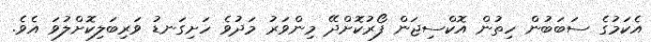
އެކަމުގެ ސަބަބުން ހިތުން އޮކްސިޖަން ފޯރުކޮށްދޭ މިންވަރު މަދުވެ ހަށިގަނޑު ވަރިބަލިކޮށްލުވަ އެވެ.